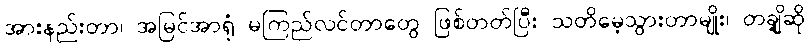
အားနည်းတာ၊ အမြင်အာရုံ မကြည်လင်တာတွေ ဖြစ်တတ်ပြီး သတိမေ့သွားတာမျိုး၊ တချို့ဆို